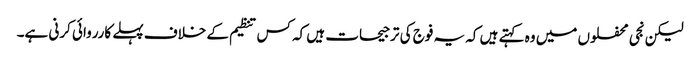
لیکن نجی محفلوں میں وہ کہتے ہیں کہ یہ فوج کی ترجیحات ہیں کہ کس تنظیم کے خلاف پہلے کارروائی کرنی ہے۔